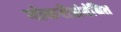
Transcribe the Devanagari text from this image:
नोकरीसंबंधित